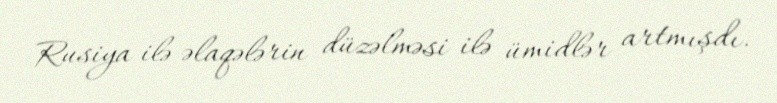
Rusiya ilə əlaqələrin düzəlməsi ilə ümidlər artmışdı.